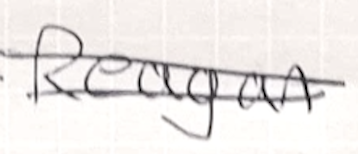
Text: Reagan
Cross-out: mix
Writing tool: ballpoint